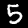
Label: 5